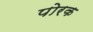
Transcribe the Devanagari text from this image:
पोरक